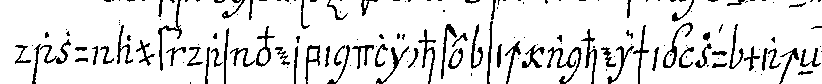
dazu auf das verbindlichste sich anheischig zu macheN